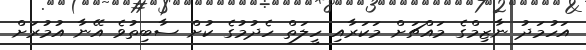
އަހުމަދު ނާޒިމްގެ މައްޗަށް މަކަރާއި ހީލަތް ހެދުމުގެ ކުށް ސާބިތުވެ އޭނާ އުމުރަށް